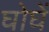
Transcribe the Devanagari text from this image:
घोघें